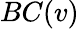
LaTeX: BC(v)